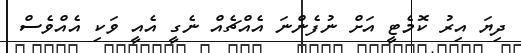
ދިޔަ އިރު ކޮމެޓީ އަށް ނުފެންނަ އެއްޗެއް ނެގީ އެއީ ވަކި އެއްވެސް